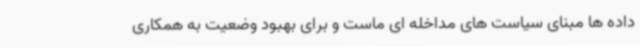
داده ها مبنای سیاست های مداخله ای ماست و برای بهبود وضعیت به همکاری